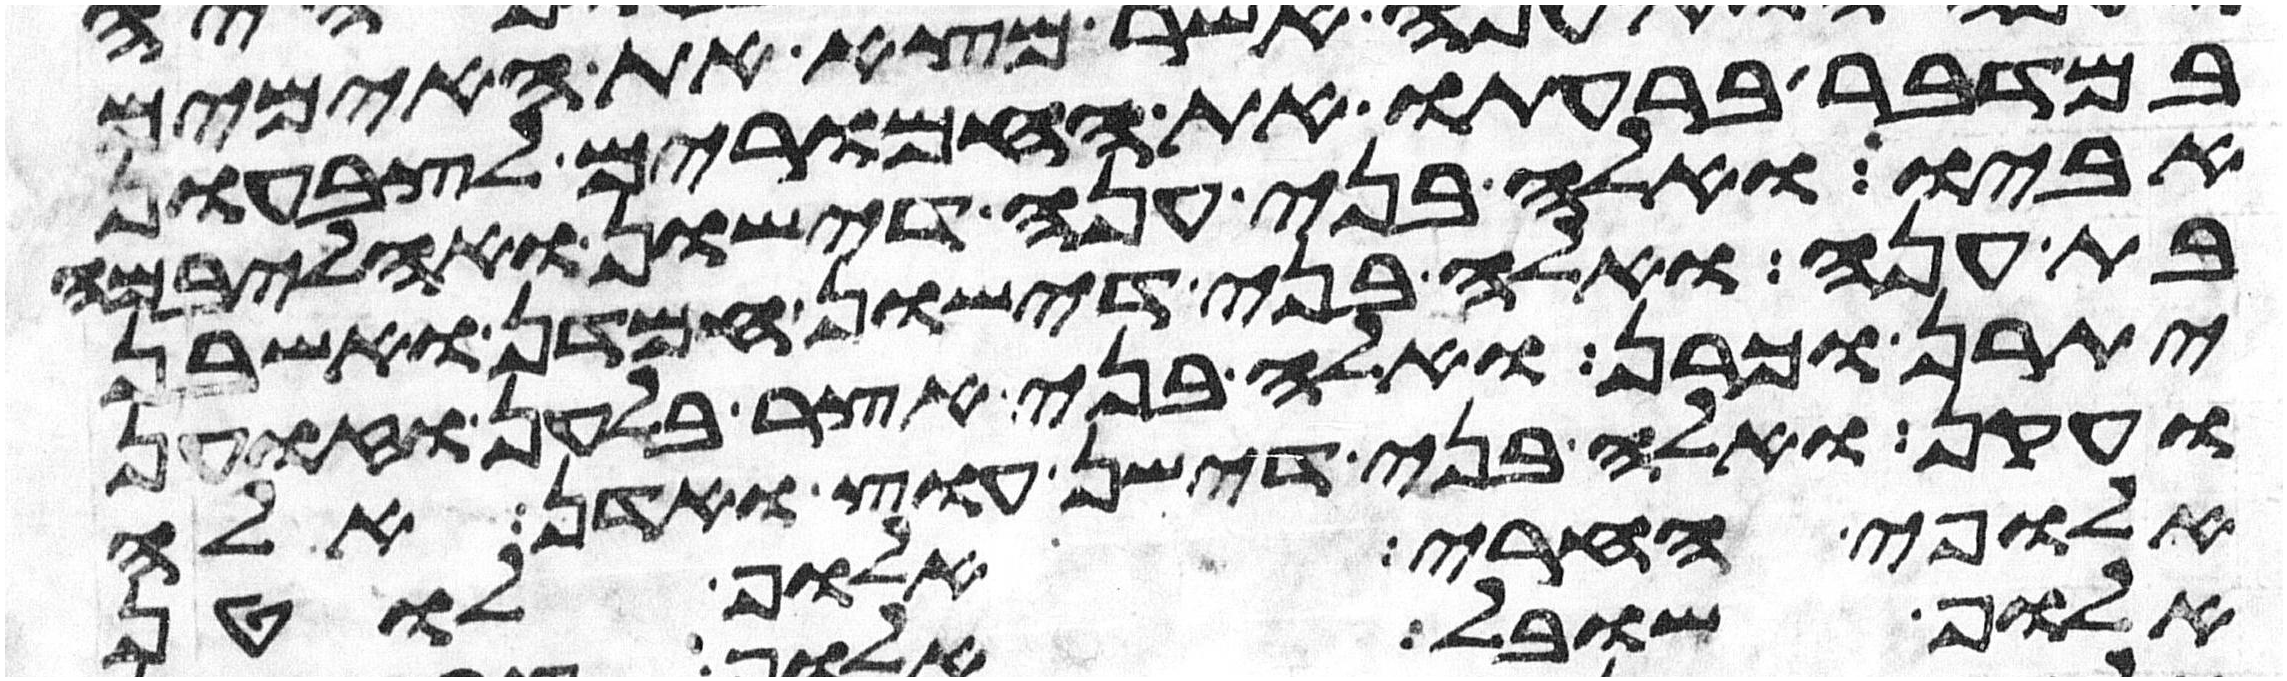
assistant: במדבר ברעתו את החמרים לצבעון
אביו ואלה בני ענה דישון ואהליבמה
בת ענה ואלה בני דישון חמדן ואשבן
יתרן וכרן ואלה בני אצר בלהן וזוען
ועקן ואלה בני דישן עוץ ואדן אלה
אלופי החרי אלוף לוטן